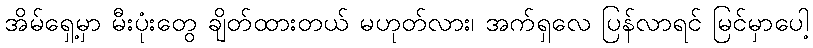
အိမ်ရှေ့မှာ မီးပုံးတွေ ချိတ်ထားတယ် မဟုတ်လား၊ အက်ရှလေ ပြန်လာရင် မြင်မှာပေါ့